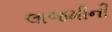
લાજમીની